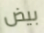
بيض